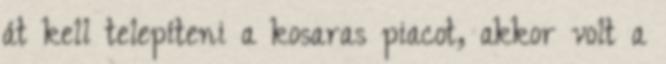
át kell telepíteni a kosaras piacot, akkor volt a